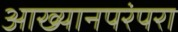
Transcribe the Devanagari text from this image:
आख्यानपरंपरा